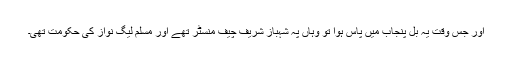
اور جس وقت یہ بل پنجاب میں پاس ہوا تو وہاں پہ شہباز شریف چیف منسٹر تھے اور مسلم لیگ نواز کی حکومت تھی۔